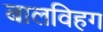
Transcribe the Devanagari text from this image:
बालविहग